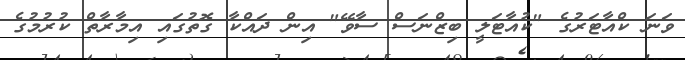
ވަނަ ކްއާޓަރުގެ "ކުއާޓަލީ ބިޒްނަސް ސާވޭ" އިން ދައްކާ ގޮތުގައި އިމާރާތް ކުރުމުގެ